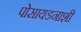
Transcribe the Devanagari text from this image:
पोसायडनाशी